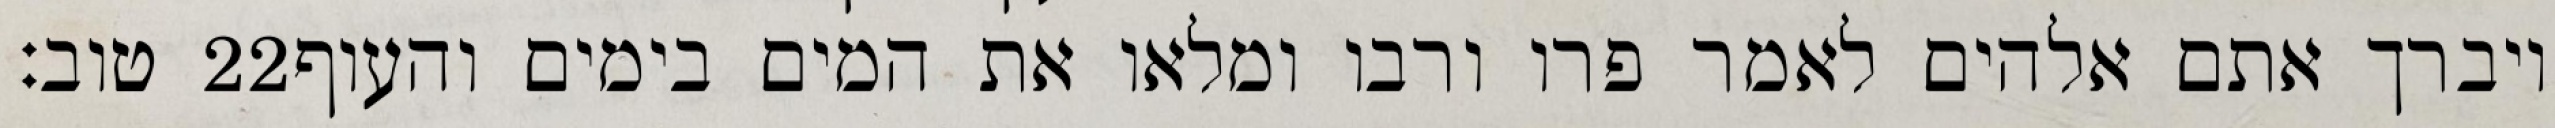
טוב׃ ‎22‏ ויברך אתם אלהים לאמר פרו ורבו ומלאו את המים בימים והעוף